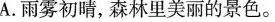
A.雨雾初晴，森林里美丽的景色。